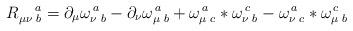
LaTeX: \begin{align*}R_{\mu \nu \,\,b}^{\quad a}=\partial _{\mu }\omega _{\nu\,\,b}^{\,a}-\partial _{\nu }\omega _{\mu \,\,b}^{\,a}+\omega _{\mu\,\,c}^{\,a}\ast \omega _{\nu \,\,b}^{\,c}-\omega _{\nu \,\,c}^{\,a}\ast\omega _{\mu \,\,b}^{\,c}\end{align*}